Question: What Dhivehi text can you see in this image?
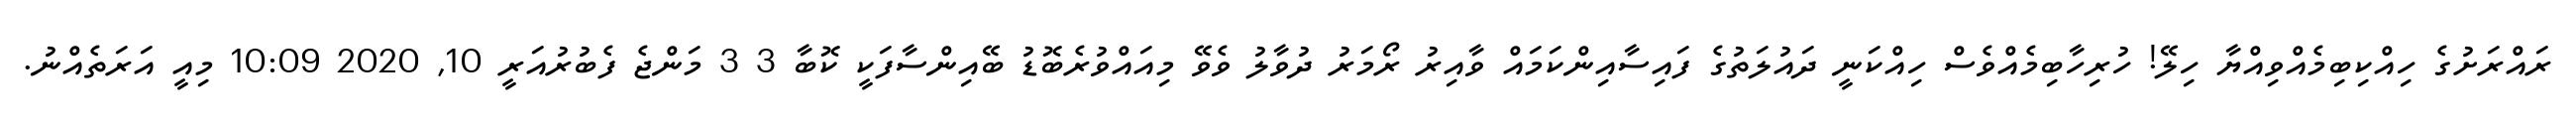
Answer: ރައްރަށުގެ ހިއްކިބިމެއްވިއްޔާ ހިލޭ! ހުރިހާބިމެއްވެސް ހިއްކަނީ ދައުލަތުގެ ފައިސާއިންކަމައް ވާއިރު ރޯމަރު ދުވާލު ވެވޭ މިއައްވުރެބޮޑު ބޭއިންސާފަކީ ކޮބާ 3 3 މަންޖެ ފެބުރުއަރީ 10, 2020 10:09 މިއީ އަރަތެއްނު.